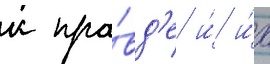
к пра́вд'е и́ и́х